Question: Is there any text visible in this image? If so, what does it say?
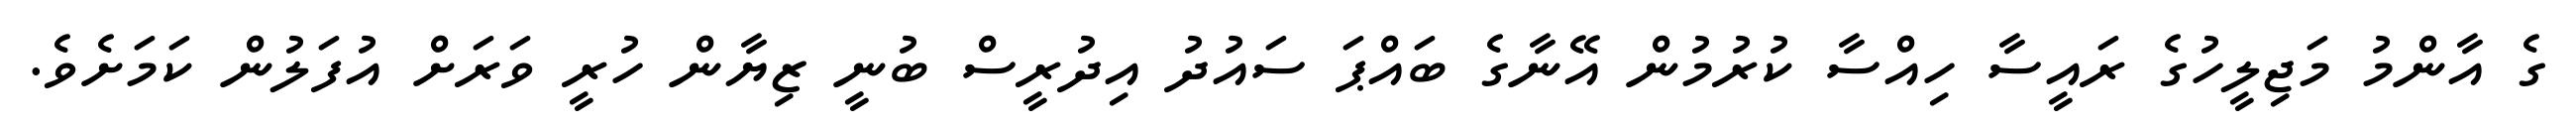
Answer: ގެ އާންމު މަޖިލީހުގެ ރައީސާ ހިއްސާ ކުރުމުން އޭނާގެ ބައްޕަ ސައުދު އިދުރީސް ބުނީ ޒިޔާން ހުރީ ވަރަށް އުފަލުން ކަމަށެވެ.